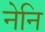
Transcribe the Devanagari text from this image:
नेनि